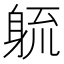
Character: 𮜱